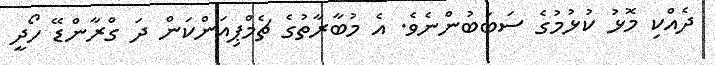
ދެއްކި މޮޅު ކުޅުމުގެ ސަބަބުންނެވެ. އެ މުބާރާތުގެ ޗެމްޕިއަންކަން ދަ ގްރާންޑޭ ހޯދީ